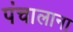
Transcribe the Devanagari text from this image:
पंचालाना